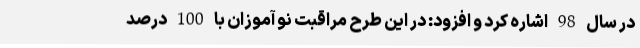
در سال 98 اشاره کرد و افزود: در این طرح مراقبت نو آموزان با 100 درصد